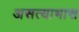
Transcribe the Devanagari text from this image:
असत्याभास